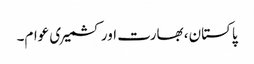
پاکستان، بھارت اور کشمیری عوام۔